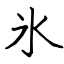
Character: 氷